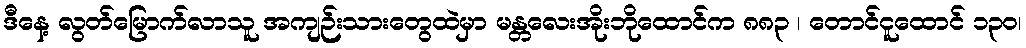
ဒီနေ့ လွတ်မြောက်လာသူ အကျဉ်းသားတွေထဲမှာ မန္တလေးအိုးဘိုထောင်က ၈၈၃ ၊ တောင်ငူထောင် ၁၃၀၊